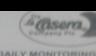
Signature authenticity: forged